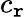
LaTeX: c_{\mathtt{r}}